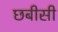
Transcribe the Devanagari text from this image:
छबीसी